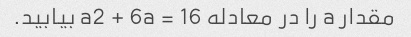
مقدار a را در معادله 16 = a2 + 6a بیابید.